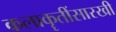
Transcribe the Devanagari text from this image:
कलाकॄतींसारखी